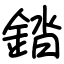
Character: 錔